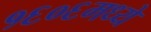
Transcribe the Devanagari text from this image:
१६०६मध्ये